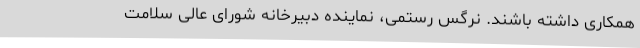
همکاری داشته باشند. نرگس رستمی، نماینده دبیرخانه شورای عالی سلامت